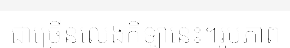
ជាច្រើនលេងកីឡានេះ។រូបភាព